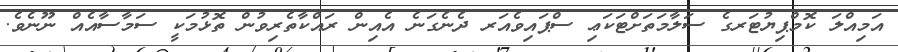
އަމިއްލަ ކޮމްޕިޔުޓަރގެ ސަލާމަތަށްޓަކަޢި ސްޕައިވެއަރ ދެނެގަނެ އެއިން ރައްކާތެރިވުން ތޮޅުމަކީ ސަމާސާއެއް ނޫނެވެ.